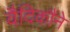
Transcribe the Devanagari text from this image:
वैदिकौंने